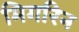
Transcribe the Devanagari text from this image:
मिगरिन